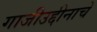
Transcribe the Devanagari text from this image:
गाजीउद्दीनाचें